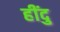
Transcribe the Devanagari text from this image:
हींदु